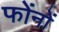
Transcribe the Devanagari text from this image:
फोंनों